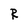
Character: R